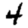
Digit: 4